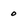
Character: 0